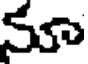
మా